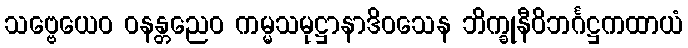
သဗ္ဗေယေဝ ဝနန္တညေဝ ကမ္မသမုဋ္ဌာနာဒိဝသေန ဘိက္ခုနီဝိဘင်္ဂဋ္ဌကထာယံ